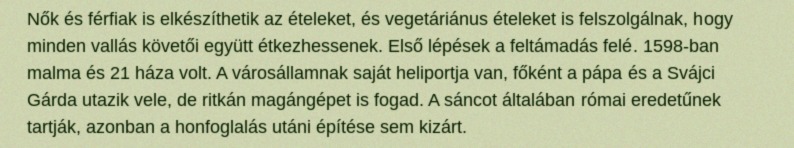
Nők és férfiak is elkészíthetik az ételeket, és vegetáriánus ételeket is felszolgálnak, hogy minden vallás követői együtt étkezhessenek. Első lépések a feltámadás felé. 1598-ban malma és 21 háza volt. A városállamnak saját heliportja van, főként a pápa és a Svájci Gárda utazik vele, de ritkán magángépet is fogad. A sáncot általában római eredetűnek tartják, azonban a honfoglalás utáni építése sem kizárt.